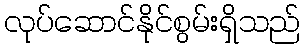
လုပ်ဆောင်နိုင်စွမ်းရှိသည်